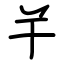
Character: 𢆉